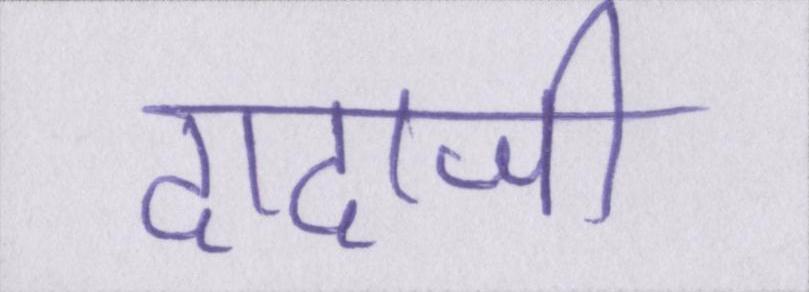
दादाजी